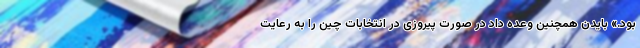
بود.» بایدن همچنین وعده داد در صورت پیروزی در انتخابات چین را به رعایت